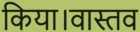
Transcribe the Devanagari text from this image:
किया।वास्तव